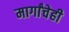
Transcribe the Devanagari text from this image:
मार्गांचेही